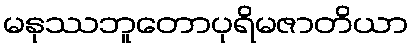
မနုဿဘူတောပုရိမဇာတိယာ